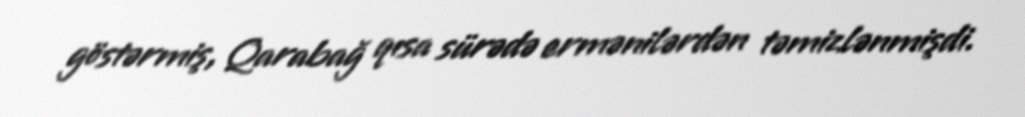
göstərmiş, Qarabağ qısa sürədə ermənilərdən təmizlənmişdi.